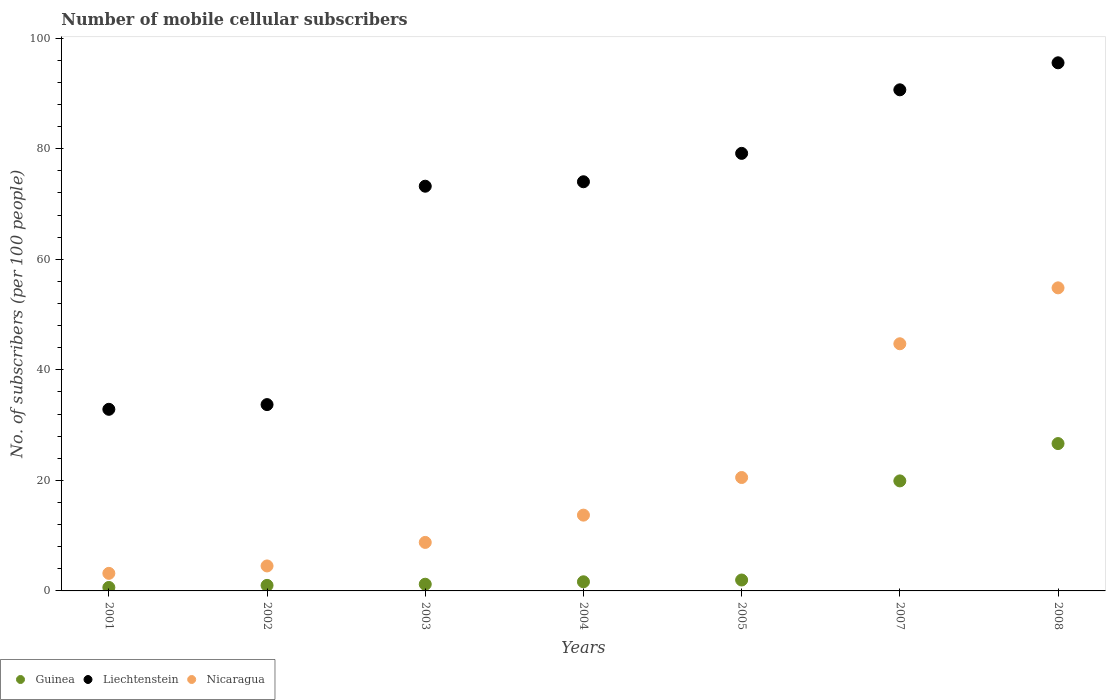
| Years | Guinea | Liechtenstein | Nicaragua |
 | --- | --- | --- | --- |
 | 2001 | 0.626 | 32.9 | 3.18 |
 | 2002 | 1 | 33.7 | 4.52 |
 | 2003 | 1.21 | 73.2 | 8.78 |
 | 2004 | 1.65 | 74 | 13.7 |
 | 2005 | 1.97 | 79.2 | 20.5 |
 | 2007 | 19.9 | 90.7 | 44.7 |
 | 2008 | 26.7 | 95.6 | 54.8 |